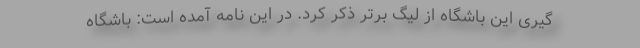
گیری این باشگاه از لیگ برتر ذکر کرد. در این نامه آمده است: باشگاه